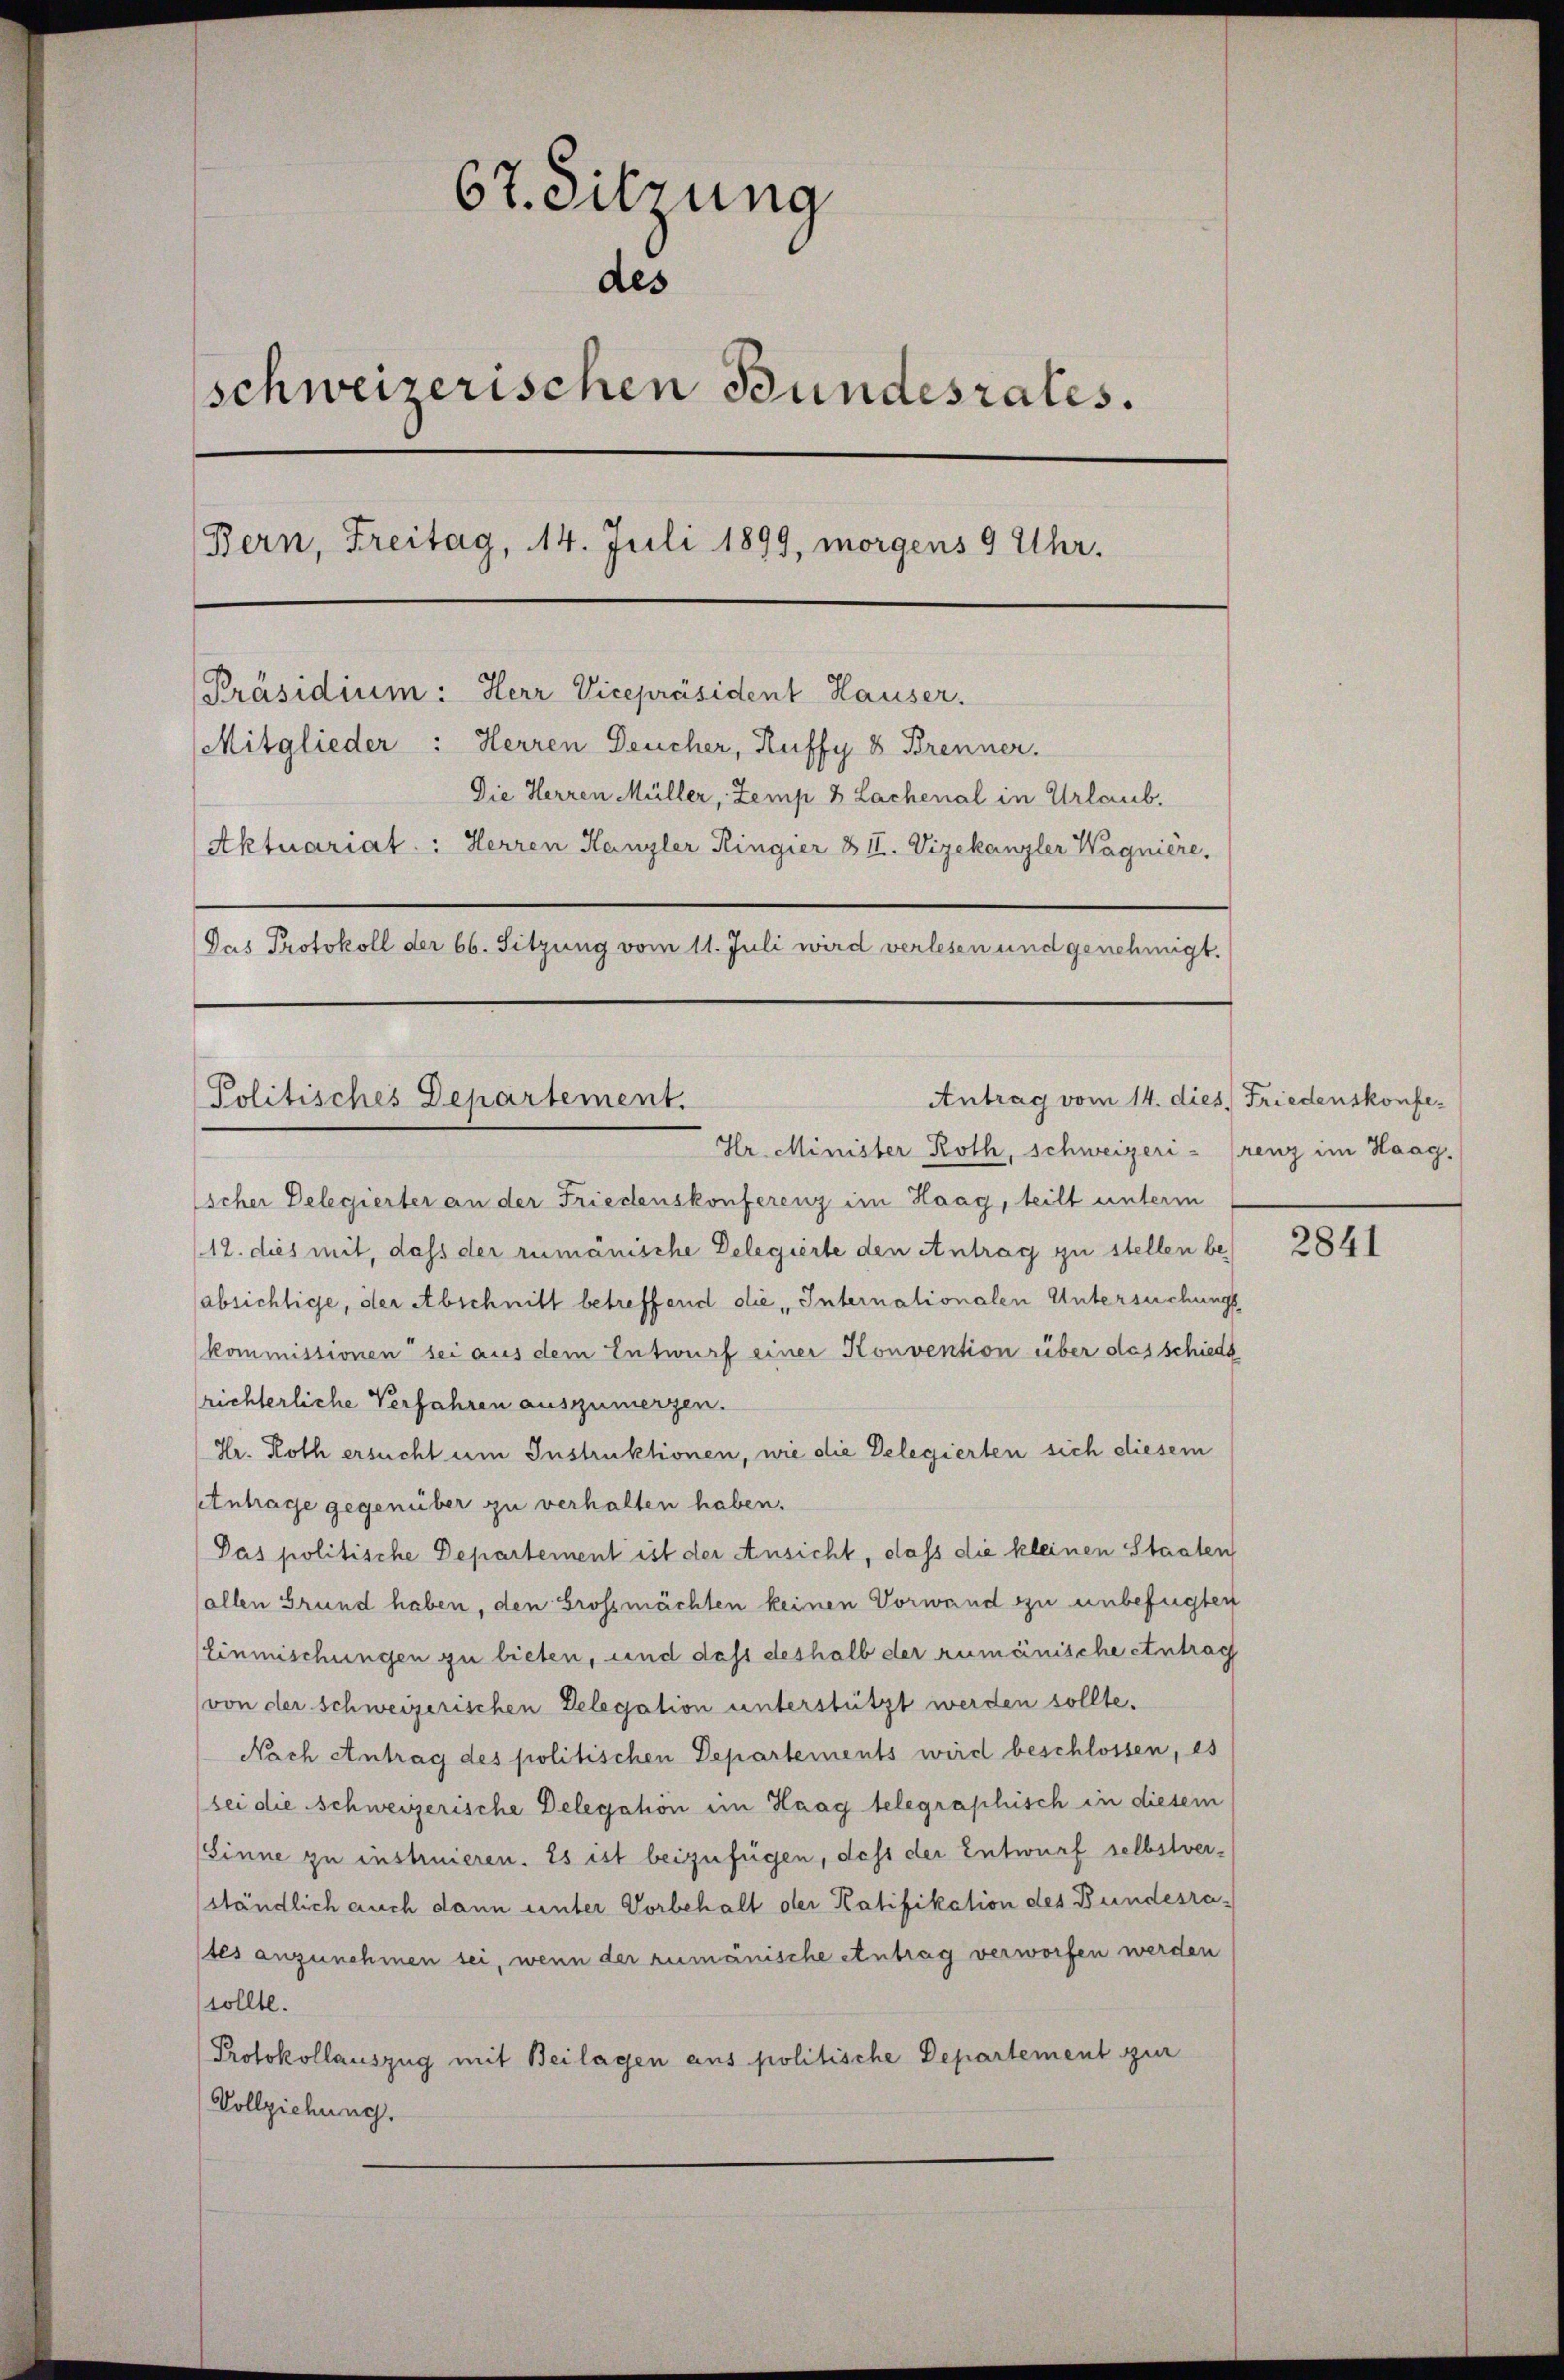
67. Sitzung
des
schweizerischen Bundesrates.
Bern, Freitag, 14. Juli 1899, morgens 9 Uhr.
[Präsidium: Herr Vicepräsident Hauser.
Mitglieder: Herren Deucher, Ruffy 8 Brenner.
Die Herren Müller, Zemp 8 Lachenal in Urlaub.
Aktuariat: Herren Kanzler Ringier & II. Vizekanzler Wagnière,
Das Protokoll der 66. Sitzung vom 11. Juli wird verlesen und genehmigt.

Antrag vom 14. dies Friedenskonfe¬
Politisches Departement.
Hr. Minister Roth, Schweizeri- Grenz im Haag.

Escher Delegierter an der Friedenskonferenz im Haag, teilt unterm
12. dies mit, dass der rumänische Delegierte den Antrag zu stellen beabsichtige, der Abschnitt betreffend die Internationalen Untersuchungs
kommissionen bei aus dem Entwurf einer Konvention über das schiede
richterliche Verfahren auszumergen.
Hr. Roth ersucht um Instruktionen, wie die Delegierten sich diesem
tntrage gegenüber zu verhalten haben.
Das politische Departement ist der Ansicht, dass die kleinen Staaten
(allen Grund haben, den Grossmächten keinen Vorwand zu unbefügten
Einmischungen zu bieten, und daß deshalb der rumänische entrag
von der schweizerischen Delegation unterstützt werden sollte.
Nach Antrag des politischen Departements wird beschlossen, es
bei die Schweizerische Delegahön im Haag telegraphisch in diesem
Sinne zu instruieren. Es ist beizufügen, dass der Entwurf selbstverständlich auch dann unter Vorbehalt der Ratifikation des Bundesrates anzunehmen sei, wenn der rumänische Antrag verworfen werden
sollte.
Protokollauszug mit Beilagen aus politische Departement zur
Vollziehung.

2841